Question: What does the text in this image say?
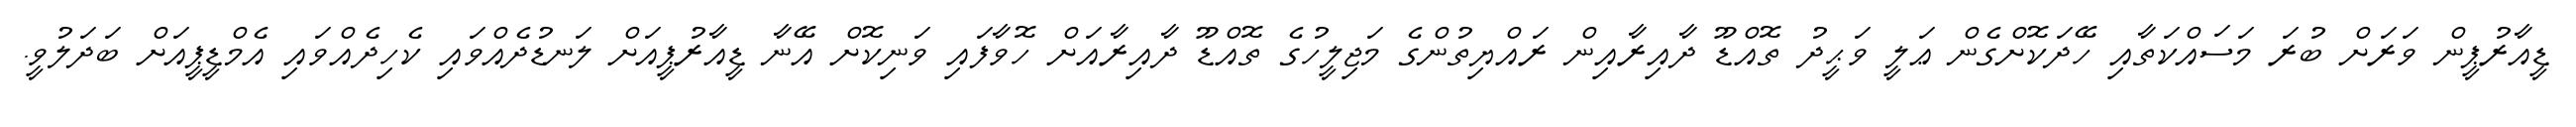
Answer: ޑީއާރުޕީން ވަރަށް ބުރަ މަސައްކަތާއި ހޭދަކޮށްގެން ޢަލީ ވަޙީދު ތޮއްޑޫ ދާއިރާއިން ރައްޔިތުންގެ މަޖިލީހުގެ ތޮއްޑޫ ދާއިރާއަށް ހޮވާފައި ވަނިކޮށް އޭނާ ޑީއާރުޕީއަށް ލަނޑުދެއްވައި ކެހިދެއްވައި އެމްޑީޕީއަށް ބަދަލުވީ.